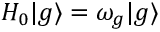
H _ { 0 } | g \rangle = \omega _ { g } | g \rangle